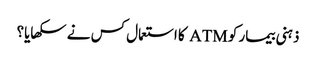
ذہنی بیمار کو ATM کا استعمال کس نے سکھایا؟